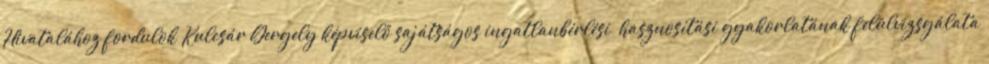
Hivatalához fordulok Kulcsár Gergely képviselő sajátságos ingatlanbérlési hasznosítási gyakorlatának felülvizsgálata